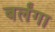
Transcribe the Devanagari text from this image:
बर्लंगा